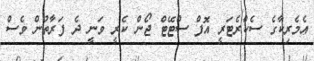
އެމެރިކާގެ ސެކްރެޓަރީ އޮފް ސްޓޭޓް ޖޯން ކެރީ ވަނީ ދެ ފަރާތުން ވެސް